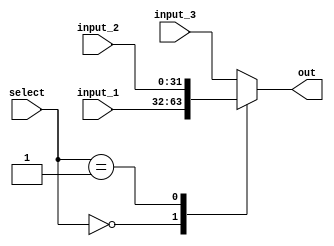
`timescale 1ns / 1ps

module MUX_3_to_1
#(parameter data_length = 32)
	(
	input wire [data_length - 1 : 0] input_1,
	input wire [data_length - 1 : 0] input_2,
	input wire [data_length - 1 : 0] input_3,
	input wire [1 : 0] select,
	
	output reg [data_length - 1 : 0] out
    );
	
	always @(*)
	begin
		case(select)
			0 : out = input_1;
			1 : out = input_2;
			default : out = input_3;
		endcase
	end

endmodule